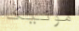
مونيكا